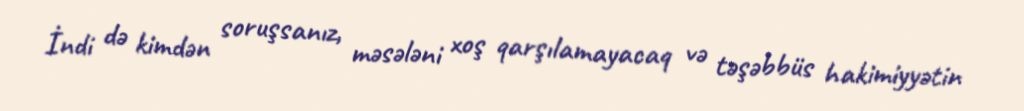
İndi də kimdən soruşsanız, məsələni xoş qarşılamayacaq və təşəbbüs hakimiyyətin